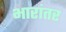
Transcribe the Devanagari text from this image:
भारांतर